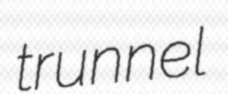
trunnel